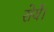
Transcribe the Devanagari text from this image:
रोयें।